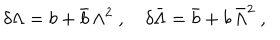
\delta \Lambda = b + \bar { b } \, \Lambda ^ { 2 } ~ , \quad \delta \bar { \Lambda } = \bar { b } + b \, \bar { \Lambda } ^ { 2 } ~ ,